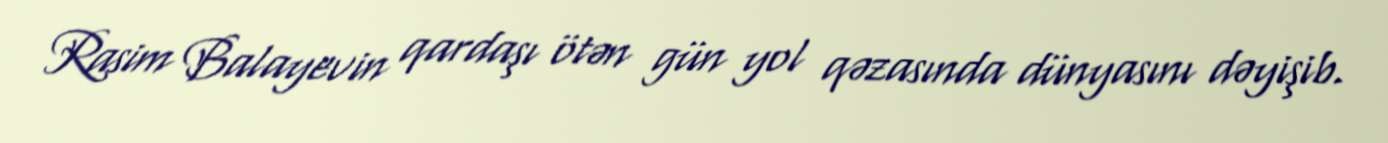
Rasim Balayevin qardaşı ötən gün yol qəzasında dünyasını dəyişib.